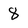
Character: 8